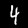
Digit: 4